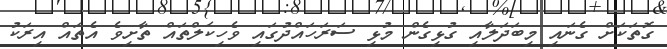
ގޮތަކަށް ގެނައި މިބަދަލާއި ގުޅިގެން މުޅި ސަރަަހައްދުގައި ވެހިކަލްތައް ތާށިވެ އެތައް އިރަކު